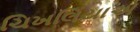
ચિખલિયાએ